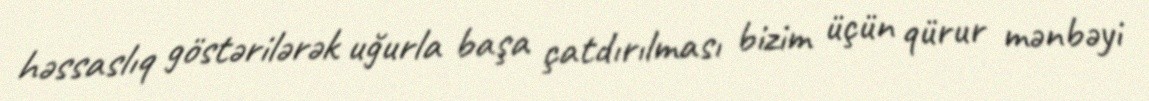
həssaslıq göstərilərək uğurla başa çatdırılması bizim üçün qürur mənbəyi